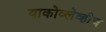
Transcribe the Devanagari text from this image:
याकोव्लेव्हीच